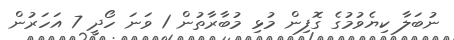
ނުބަލާ ކިޔެވުމުގެ ގޮފިން މުޅި މުބާރާތުން 1 ވަނަ ހޯދީ 7 އަހަރުން